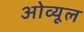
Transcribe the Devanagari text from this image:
ओव्यूल